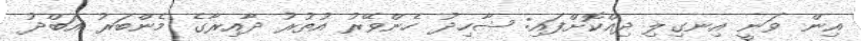
އިން ވަނީ އިނގިލި ދިއްކޮށްފައި: ޝާހިދު ހެންވޭރު އުތުރު ދާއިރާގެ މެންބަރު އަބްދު